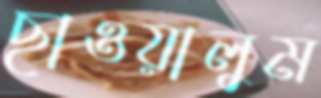
ছাওয়ালুম